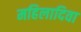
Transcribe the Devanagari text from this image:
महिलादिवा